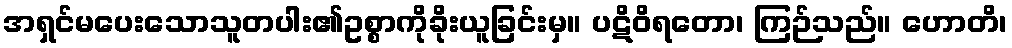
အရှင်မပေးသောသူတပါး၏ဥစ္စာကိုခိုးယူခြင်းမှ။ ပဋိဝိရတော၊ ကြဉ်သည်။ ဟောတိ၊